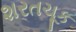
શરતચૂક